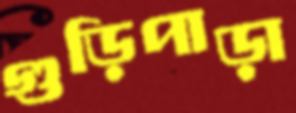
গুড়িপাড়া